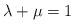
LaTeX: \begin{align*}\lambda+\mu=1\end{align*}